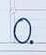
០.